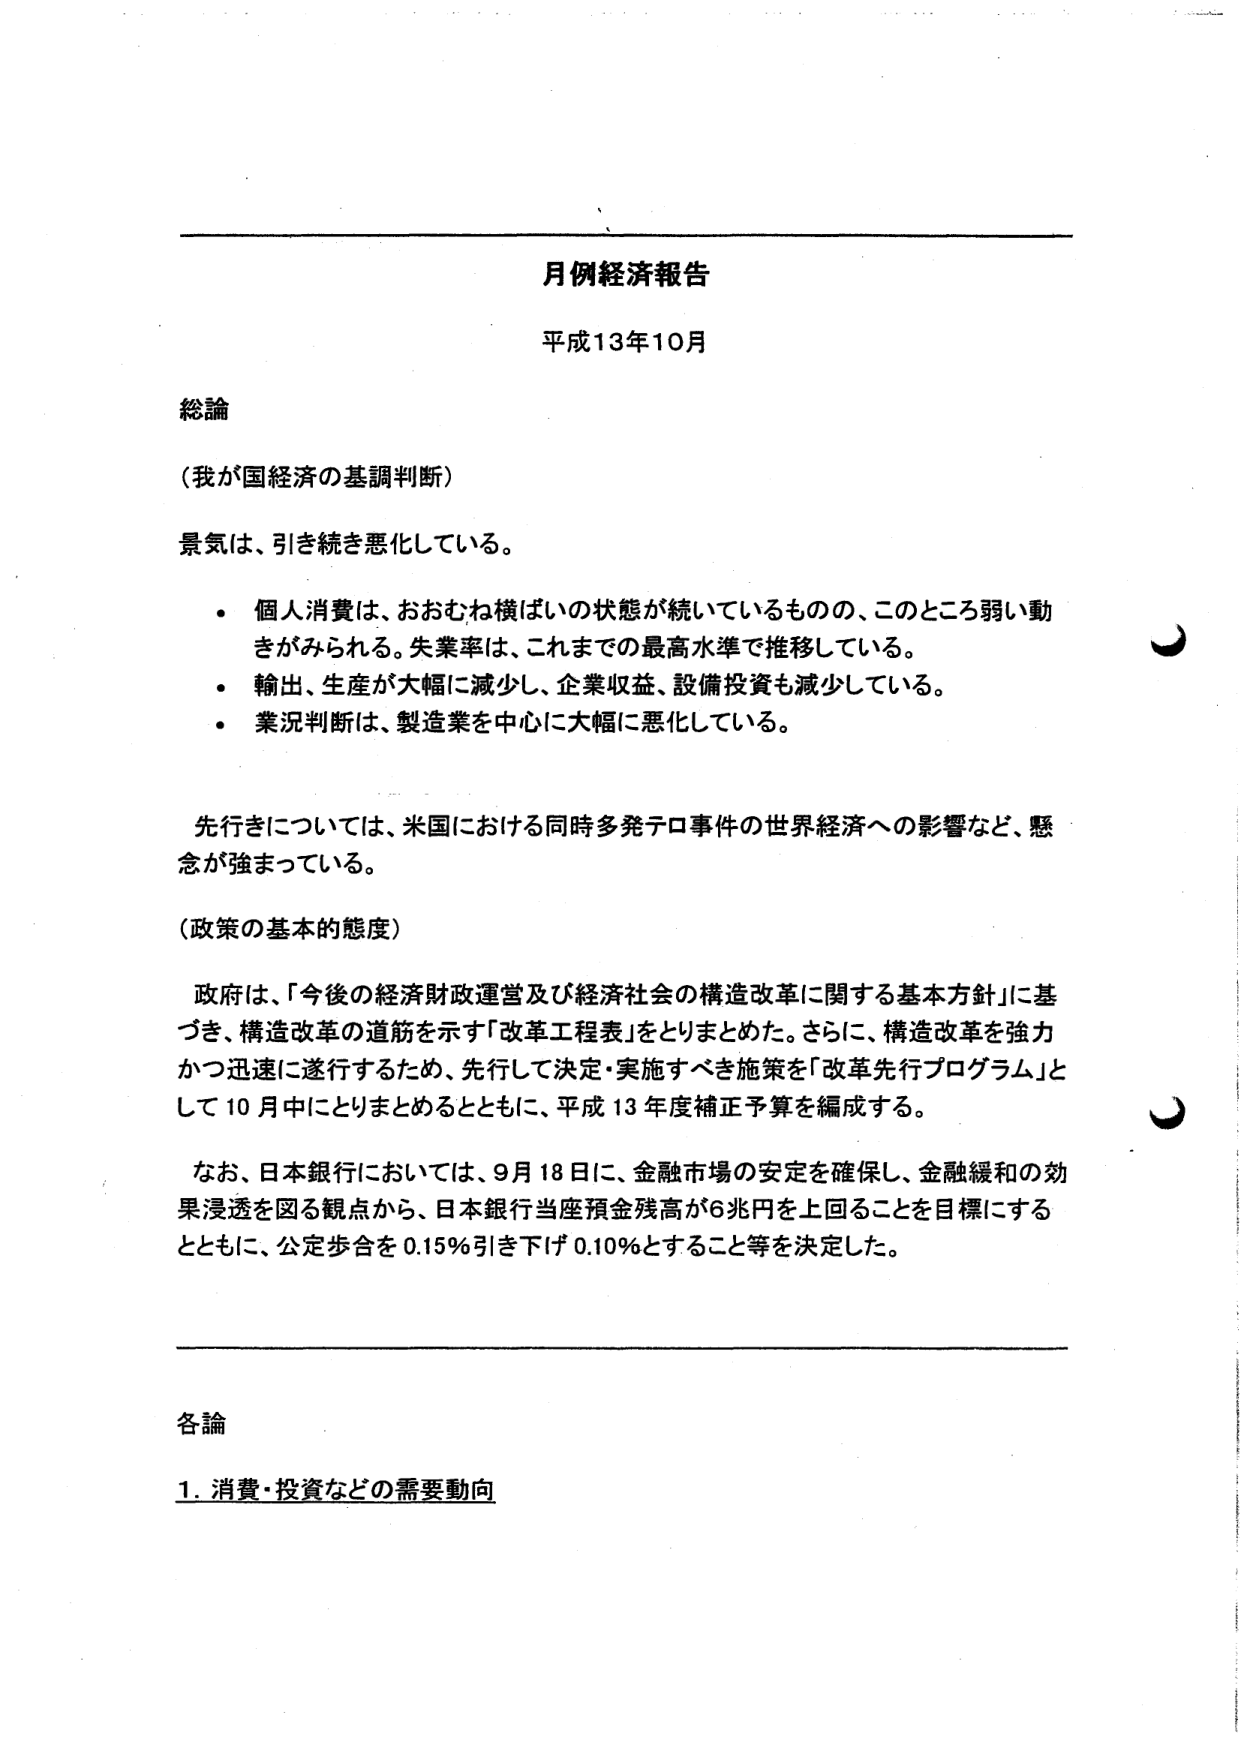
月例経済報告
平成13年10月

総論

（我が国経済の基調判断）
景気は、引き続き悪化している。
・ 個人消費は、おおむね横ばいの状態が続いているものの、このところ弱い動きがみられる。失業率は、これまでの最高水準で推移している。
・ 輸出、生産が大幅に減少し、企業収益、設備投資も減少している。
・ 業況判断は、製造業を中心に大幅に悪化している。

先行きについては、米国における同時多発テロ事件の世界経済への影響など、懸念が強まっている。

（政策の基本的態度）
政府は、「今後の経済財政運営及び経済社会の構造改革に関する基本方針」に基づき、構造改革の道筋を示す「改革工程表」をとりまとめた。さらに、構造改革を強力かつ迅速に遂行するため、先行して決定・実施すべき施策を「改革先行プログラム」として10月中にとりまとめるとともに、平成13年度補正予算を編成する。

なお、日本銀行においては、9月18日に、金融市場の安定を確保し、金融緩和の効果浸透を図る観点から、日本銀行当座預金残高が6兆円を上回ることを目標にするとともに、公定歩合を0.15％引き下げ0.10％とすること等を決定した。

各論
1. 消費・投資などの需要動向